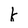
Character: k